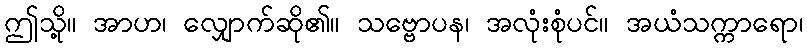
ဤသို့။ အာဟ၊ လျှောက်ဆို၏။ သဗ္ဗောပန၊ အလုံးစုံပင်။ အယံသက္ကာရော၊